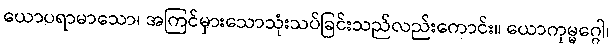
ယောပရာမာသော၊ အကြင်မှားသောသုံးသပ်ခြင်းသည်လည်းကောင်း။ ယောကုမ္မဂ္ဂေါ၊